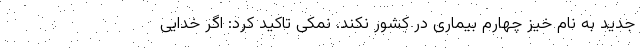
جدید به نام خیز چهارم بیماری در کشور نکند. نمکی تاکید کرد: اگر خدایی